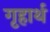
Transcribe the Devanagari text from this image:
गृहार्थ